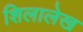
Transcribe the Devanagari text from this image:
शिलालेख